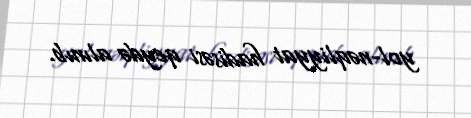
yol-nəqliyyat hadisəsi qeydə alınıb.